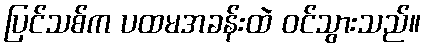
ပြင်သစ်က ပထမအခန်းထဲ ဝင်သွားသည်။